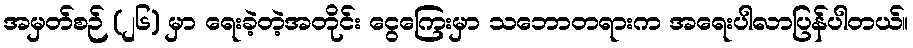
အမှတ်စဉ် (၂၆) မှာ ရေးခဲ့တဲ့အတိုင်း ငွေကြေးမှာ သဘောတရားက အရေးပါလာပြန်ပါတယ်။